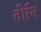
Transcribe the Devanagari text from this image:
तीनि